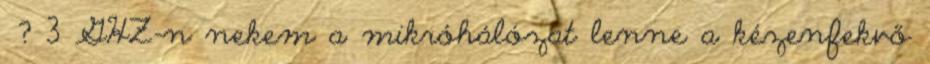
? 3 GHZ-n nekem a mikróhálózat lenne a kézenfekvő